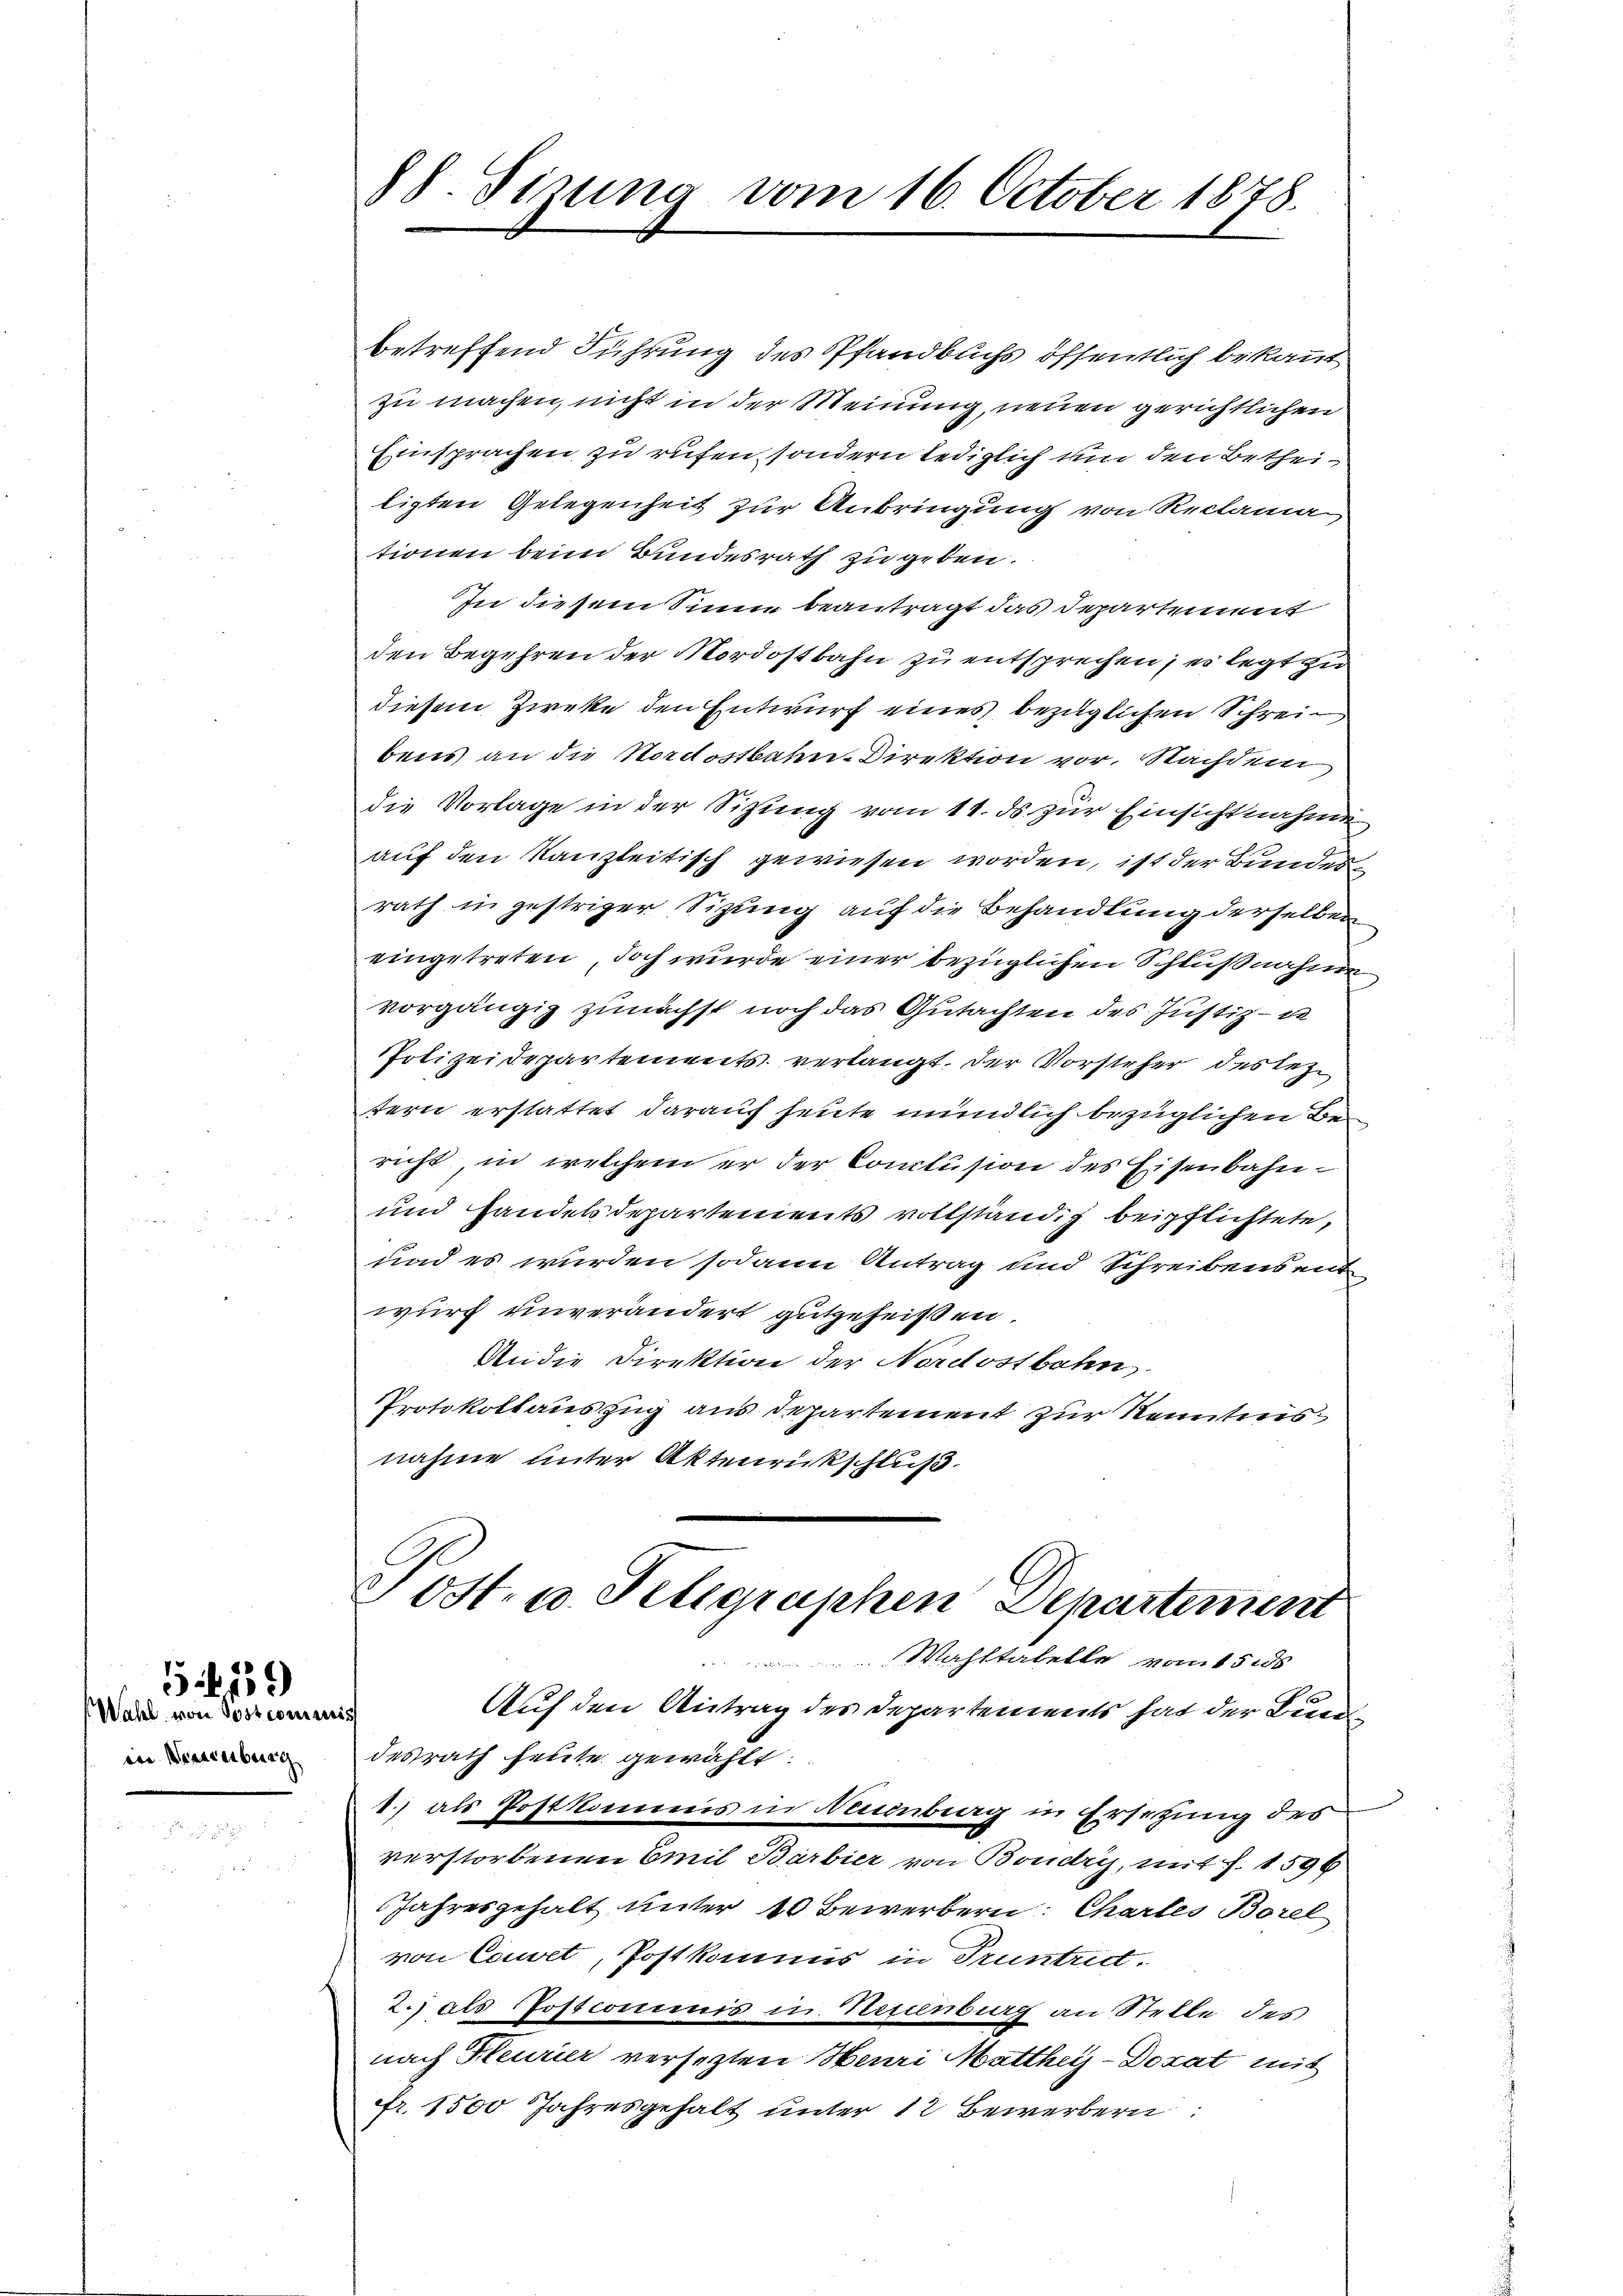
(Wahl von Postcommis
ein Bestreiburg

5 189

88. Sizung vom 16. October 1878.

betreffend Führung des Pfandbuchs öffentlich bekannt
zu machen, nicht in der Meinung, neuen gerichtlichen
Einsprachen zu rufen, sondern lediglich um den Betheiligten Gelegenheit zur Anbringung von Reclama
tionen beim Bundesrath zugeben.
In diesem Sinne beantragt das Departemmt
den Begehren der Nordostbahn zu entsprechen; es legt zu
diesem Zieke den Entwurf eines bezüglichen Schreibens an die Nordostbahn-Direktion vor. Nachdem
die Vorlage in der Sitzung vom 11. ds zur Einsichtnahme
auf den Kanzleitisch gewiesen worden, ist der Bundesrath in gestriger Sizung auf die Behandlung derselben
eingetreten, doch wurde einer bezüglichen Schlußnahme
vorgängig zunächst noch das Gutachten des Justiz- un
Polizeidepartements verlangt. Der Vorsteher des leztern erstattet darauf heute mündlich bezüglichen Bericht in welchem er der Conclusion des Eisenbahn¬
und Handelsdepartements vollständig beipflichtete,
und es wurden sodann Antrag und Schreibensmit
wurf unverändert gutgeheißen.
An die Direktion der Nordostbahn
Protokollauszug aus Departement zur Kenntens
nahme unter Aktenrückschluß
Post. u. Fellgraphen Departement
Wahltatelle vom 1555
Auf den Antrag des Departements hat der Bundesrath heute gewählt:
1.) als Postkommis in Neuenburg in Ersetzung des
verstorbenen Emil Barbier von Boudry, mit f. 1596
Jahresgehalt unter 40 Bewerbern. Chartes Borel
von Cauwet, Postkommis in Truntrd.
2.) als Postcommis in Neuenburg an Stelle des
nach Heurier versetzten Heuri Matthey-Dezat mit
Fr. 1500 Jahresgehalt unter 12 Bewerbern